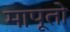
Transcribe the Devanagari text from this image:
मापूतो